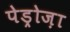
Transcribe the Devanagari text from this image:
पेड्रोज़ा